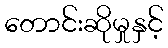
တောင်းဆိုမှုနှင့်